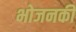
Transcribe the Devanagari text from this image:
भोजनकी